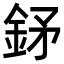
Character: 𨥨